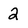
Character: 2